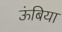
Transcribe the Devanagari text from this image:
ऊंबिया